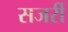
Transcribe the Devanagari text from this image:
सजर्री